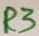
Text: R3